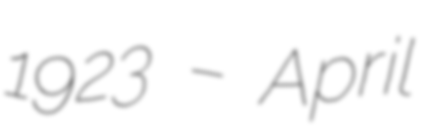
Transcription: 1923 – April